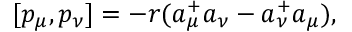
[ p _ { \mu } , p _ { \nu } ] = - r ( a _ { \mu } ^ { + } a _ { \nu } - a _ { \nu } ^ { + } a _ { \mu } ) ,